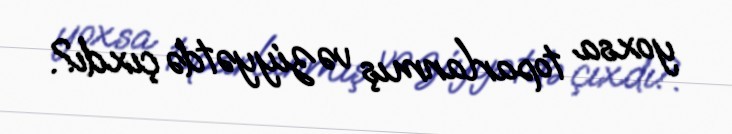
yoxsa toparlanmış vəziyyətdə çıxdı?.